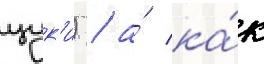
цук'и) / а́ ка́к